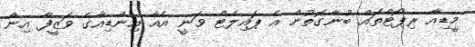
މީޑިއާ ރިޕޯޓްތައް ބުނާގޮތުން އެ ޕައިލެޓް ވަނީ އެއާ އިންޑިއާގެ ވަޒީފާ އިން